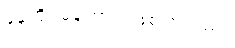
နေထိုင်မကောင်းဖြစ်ကြသည်။